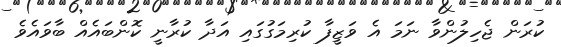
ކުރަން ޖެހިލުންވާ ނަމަ އެ ވަޒީފާ ކުރިމަގުގައި އަދާ ކުރާނީ ކޮންބައެއް ބާވައެވެ